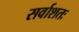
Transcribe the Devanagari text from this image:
सर्वाशतः